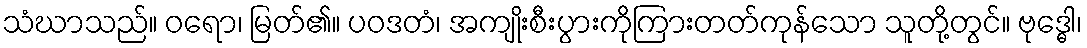
သံဃာသည်။ ဝရော၊ မြတ်၏။ ပဝဒတံ၊ အကျိုးစီးပွားကိုကြားတတ်ကုန်သော သူတို့တွင်။ ဗုဒ္ဓေါ၊